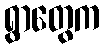
ရွာတွေက